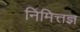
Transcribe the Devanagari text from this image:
निमित्तज्ञ